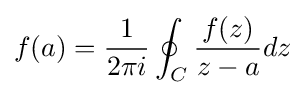
f(a)={\frac {1}{2\pi i}}\oint _{C}{\frac {f(z)}{z-a}}dz